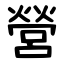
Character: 營